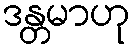
ဒန္တမာဟု